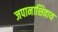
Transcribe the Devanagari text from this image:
जपानाशिवाय